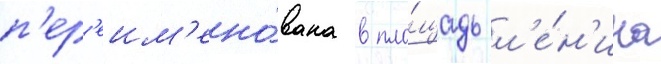
п'ер'еим'ено́вана в пло́щадь л'е́н'ина